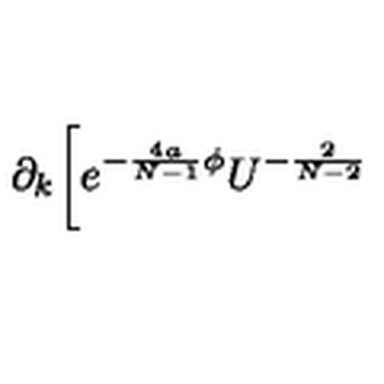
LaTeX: \partial _ { k } \biggl [ e ^ { - \frac { 4 a } { N - 1 } \phi } U ^ { - \frac { 2 } { N - 2 } }